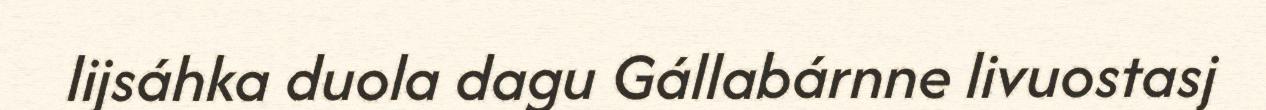
lijsáhka duola dagu Gállabárnne livuostasj